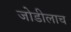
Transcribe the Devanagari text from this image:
जोडीलाच